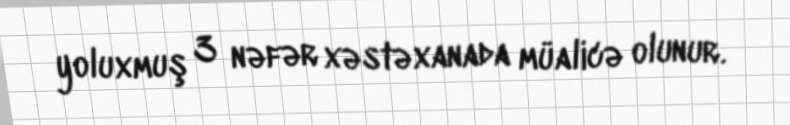
yoluxmuş 3 nəfər xəstəxanada müalicə olunur.